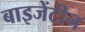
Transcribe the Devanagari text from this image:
बाइजेंटीन